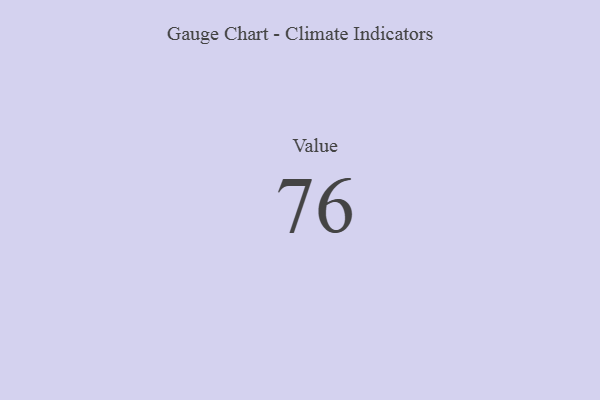
{"axis": {"x": "Metric", "y": "Value"}, "legend": [""], "data": [{"x": "Value", "y": 76, "type": ""}]}